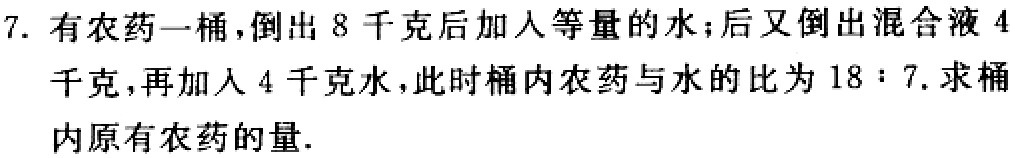
7. 有农药一桶，倒出 8 千克后加入等量的水；后又倒出混合液 4 千克，再加入 4 千克水，此时桶内农药与水的比为 \(18:7\). 求桶内原有农药的量.